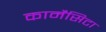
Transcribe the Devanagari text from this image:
कार्मेंसिटा